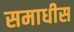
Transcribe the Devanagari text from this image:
समाधीस